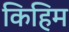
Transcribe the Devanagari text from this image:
किहिम